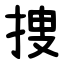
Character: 捜